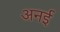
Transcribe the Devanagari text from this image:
अनई